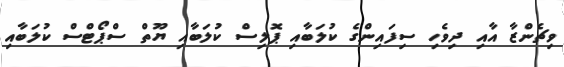
ވިޗެންޒާ އާއި ދިވެހި ސިފައިންގެ ކުލަބާއި ޕޮލިސް ކުލަބާއި ޔޫތް ސްޕޯޓްސް ކުލަބާއި